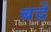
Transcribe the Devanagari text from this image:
बद्रे